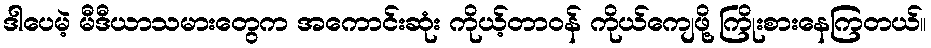
ဒါပေမဲ့ မီဒီယာသမားတွေက အကောင်းဆုံး ကိုယ့်တာဝန် ကိုယ်ကျေဖို့ ကြိုးစားနေကြတယ်။